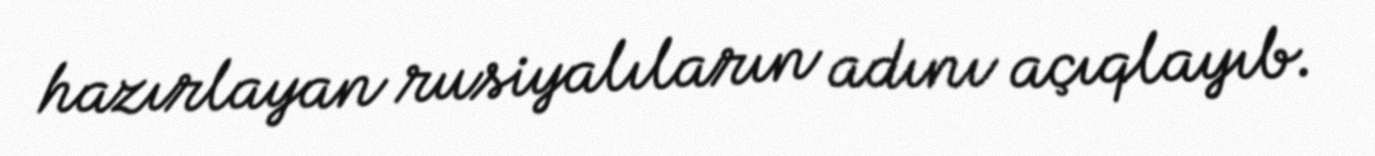
hazırlayan rusiyalıların adını açıqlayıb.